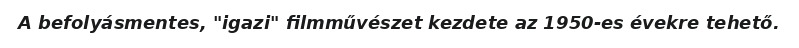
A befolyásmentes, "igazi" filmművészet kezdete az 1950-es évekre tehető.